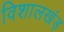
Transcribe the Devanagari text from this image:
विशालखंड़